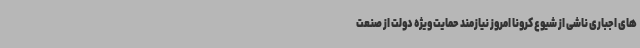
های اجباری ناشی از شیوع کرونا امروز نیازمند حمایت ویژه دولت از صنعت